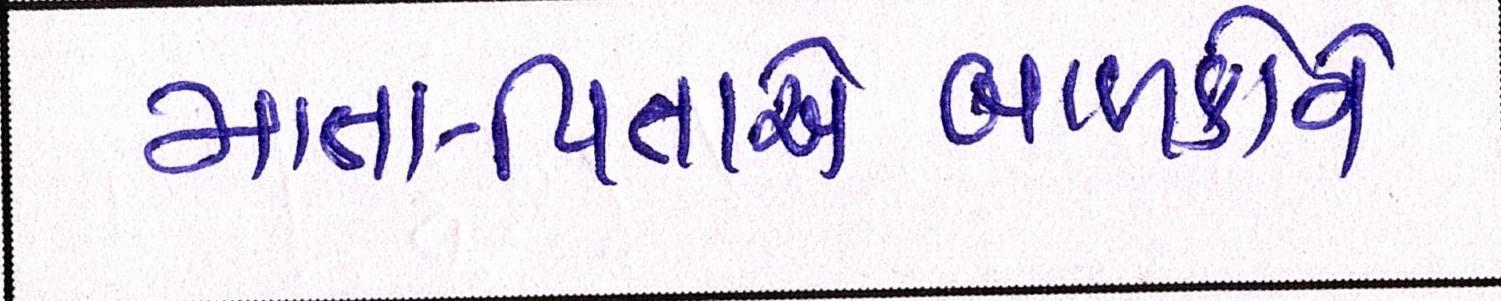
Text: માતા-પિતાએબાળકોને